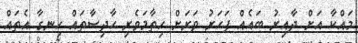
މައްކާ އަށް ދާއިރު ބައެއް ފަހަރު ވަރަށް ހިތާމަވެރި ހާދިސާތައް ހިނގާ އެތައް